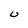
Character: U